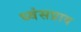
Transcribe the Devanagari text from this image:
ध्वंसप्राय